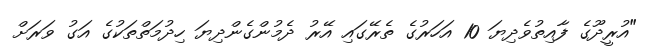
"އުރީދޫގެ ފާއިތުވެދިޔަ 10 އަހަރުގެ ތެރޭގައި އޭރު ދެމުންގެންދިޔަ ހިދުމަތްތަކުގެ އަގު ވަރަށް